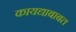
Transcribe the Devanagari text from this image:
कायद्याबाबत